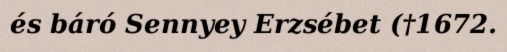
és báró Sennyey Erzsébet (†1672.